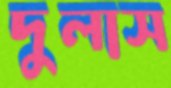
দুলাস